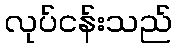
လုပ်ငန်းသည်